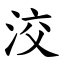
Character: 洨